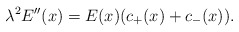
\begin{align*} \lambda^2 E''(x)=E(x)(c_+(x)+c_-(x)).\end{align*}